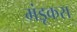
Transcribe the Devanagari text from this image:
मंडूकरा